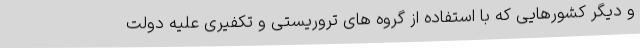
و دیگر کشورهایی که با استفاده از گروه های تروریستی و تکفیری علیه دولت